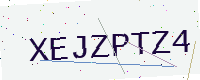
Text: XEJZPTZ4